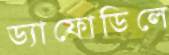
ড্যাফোডিলে